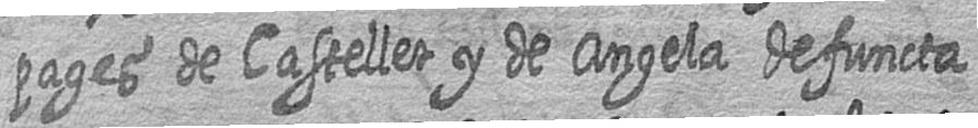
pages de Castellet y de Angela defuncta